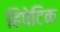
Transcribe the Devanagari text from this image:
हिपेटिक